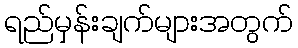
ရည်မှန်းချက်များအတွက်